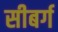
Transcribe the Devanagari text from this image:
सीबर्ग